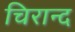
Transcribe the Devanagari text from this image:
चिरान्द